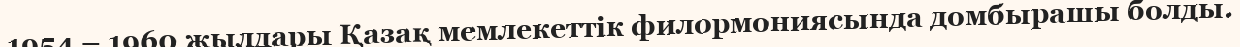
1954 – 1960 жылдары Қазақ мемлекеттік филормониясында домбырашы болды.